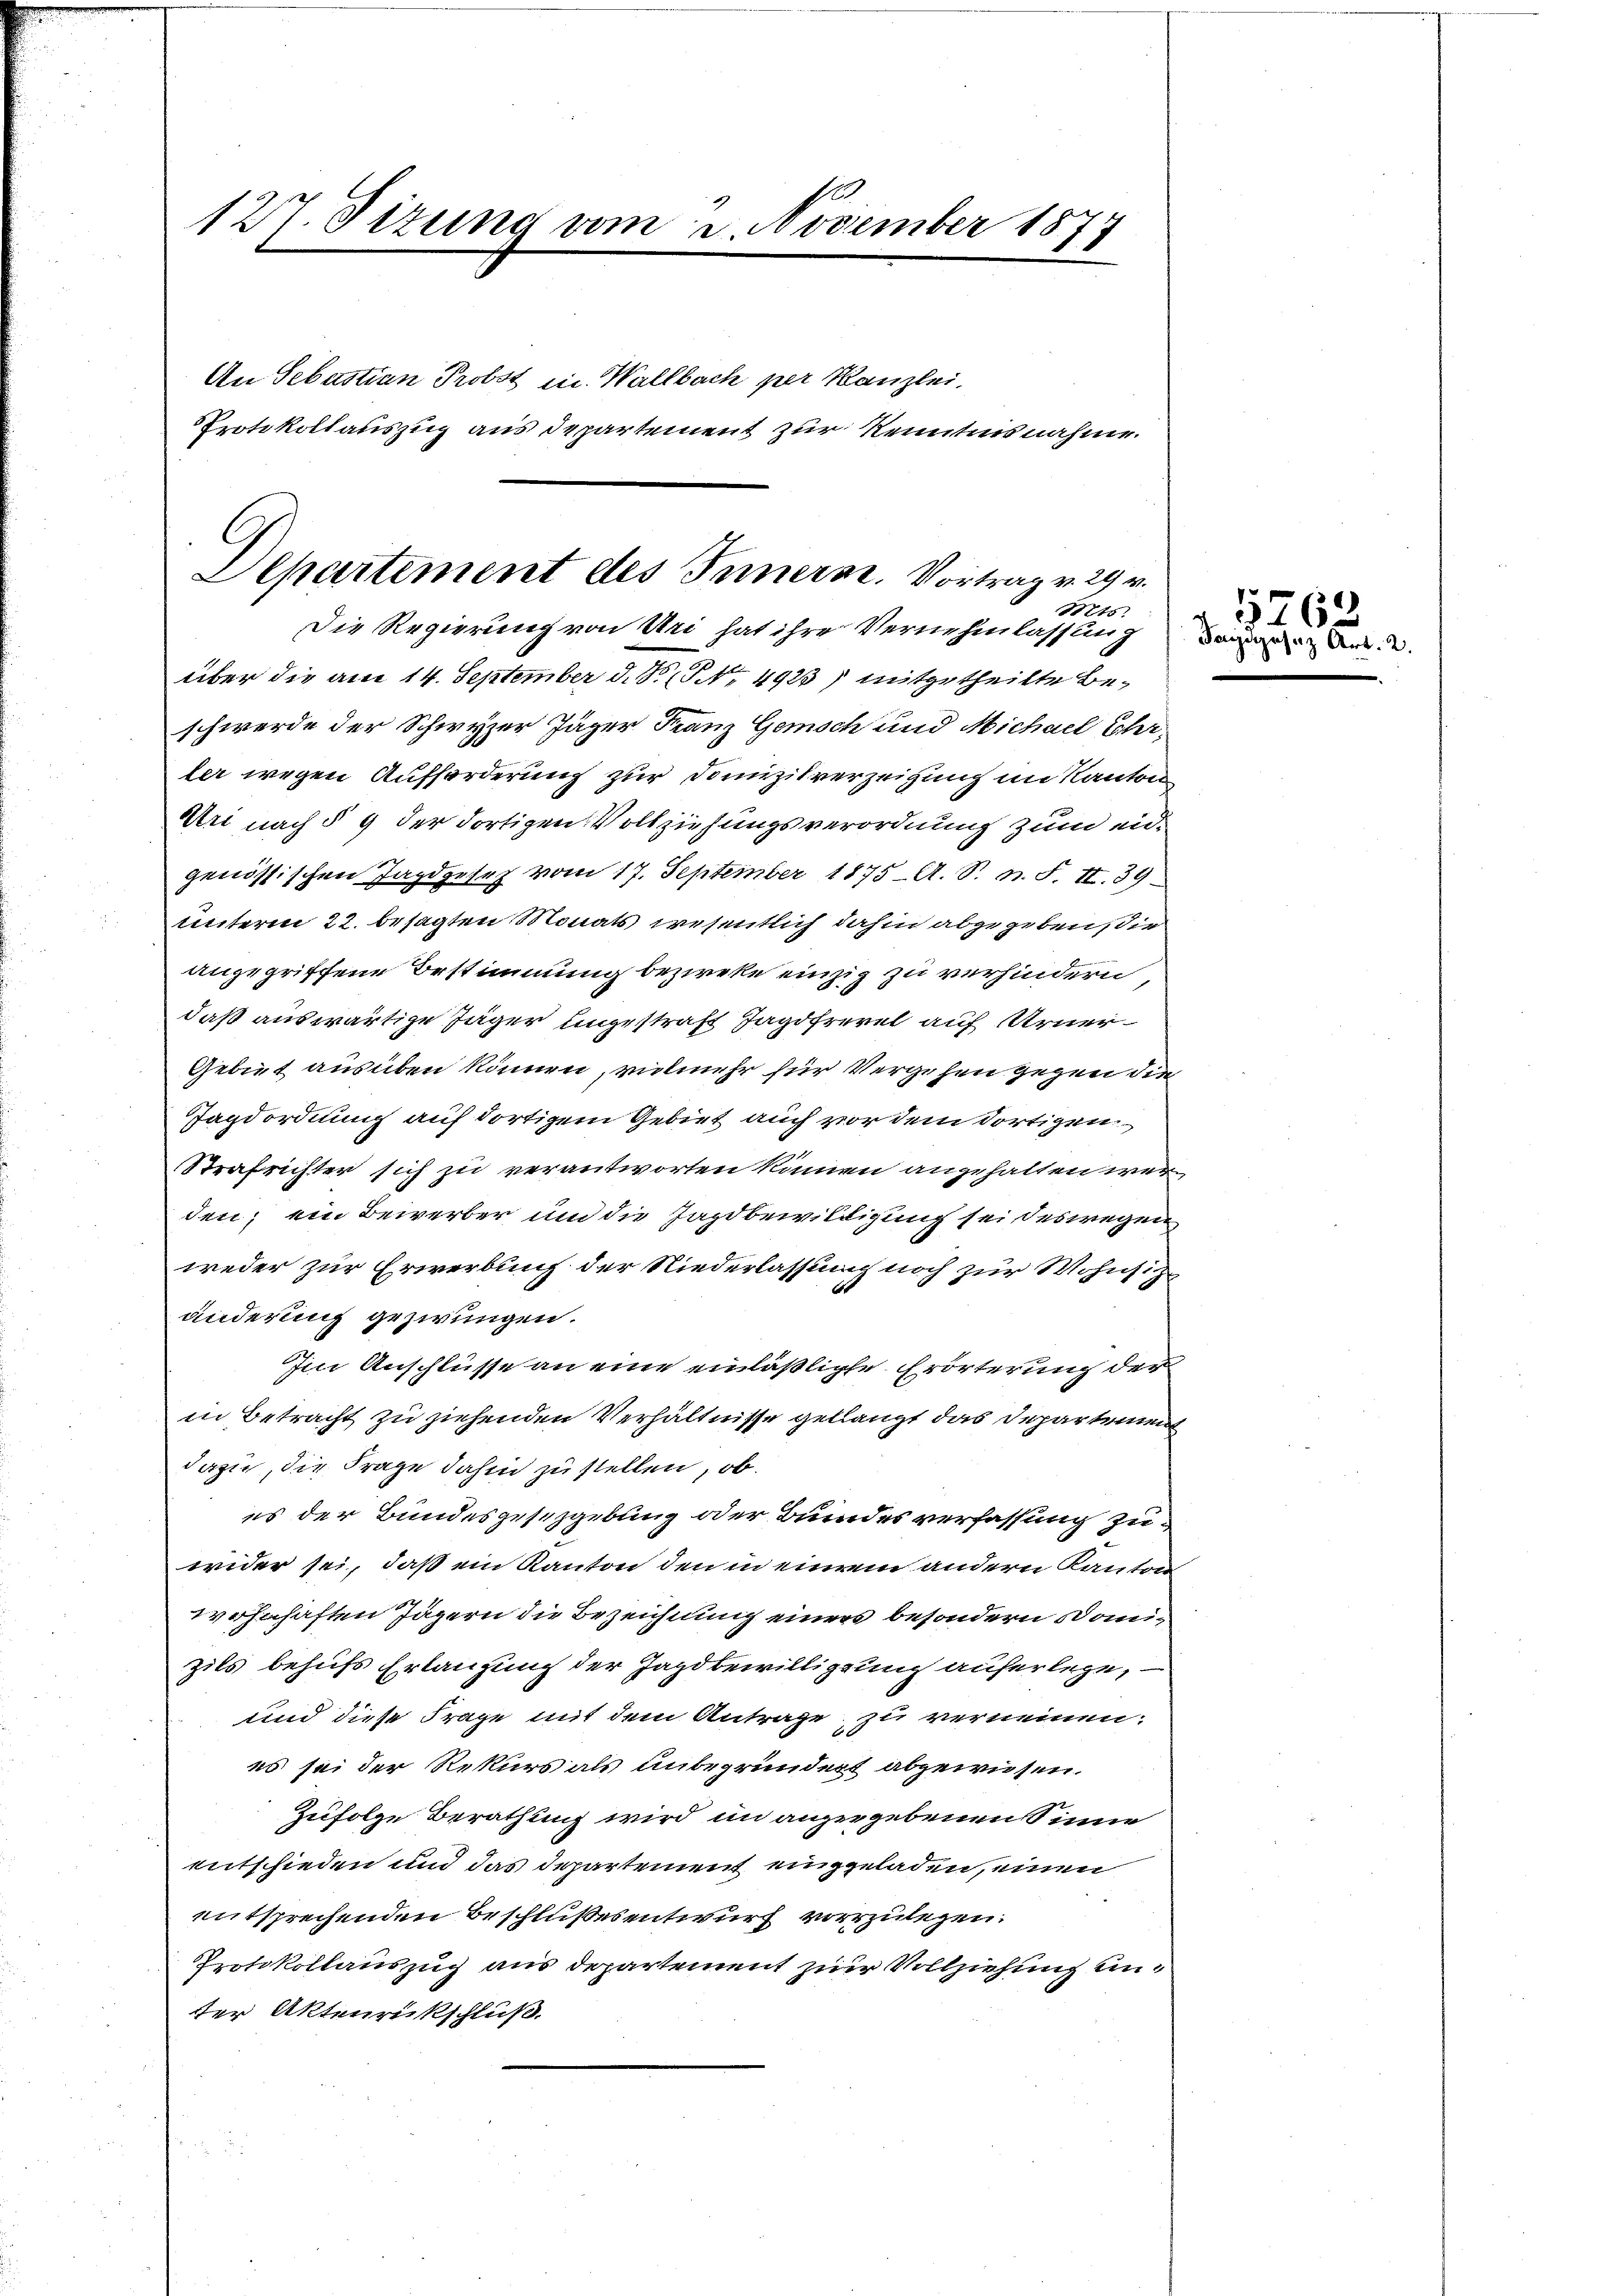
127. Sizung vom 3. November 187

An Sebastian Probst in Wallbach per Kanzlei.
Protokollauszug aus departement zur Kenntnisnahme.

C
Departement des Innern. Vortrag v. 29 v.
Mts.
Die Regierung von Uri hat ihre Vernehmlassung

über die am 14. September d. R. P. Nr. 4923) mitgetheilte Beschwerde der Schwyzer Jäger Franz Gemisch und Michael Ehr,
ler wegen Aufforderung zur Domizilverzeigung im Kanton
Uri nach § 9 der dortigen Vollziehungsverordnung zum eidgenössischen Jagdgesez vom 17. September 1875 - A. S. n. F. II. 39
unterm 22. besagten Monats wesentlich dahin abgegeben sie
angegriffene Bestimmung bezieke einzig zu verhindern
daß auswärtige Jäger ungestraft Jagdfrevel auf Arner¬
Gebiet ausüben können, vielmehr für Vergehen gegen die
Tagdordnung auf dortigem Gebiet auch vor dem dortigen
SStrafrichter sich zu verantworten können angehalten wer
den; ein Bewerber und die Jagdbewilligung sei deswegen
weder zur Erwerbung der Niederlassung noch zur Wohnsitzänderung gezwungen.
Im Anschlüsse an eine einläßliche Erörterung der
in Betracht zu ziehenden Verhältnisse gellangt das Departement
dazu, die Frage dahin zu stellen, ob
es der Bundesgesezgebung oder Bundes verfassung zuwider sei, daß ein Kanton den in einem andern Kanton
wohnhaften Jägern die Bezeichnung einers besondern Domizils behufs Erlangung der Jagdbewilligung auferlege,
und diese Frage mit dem Antrage zu verneinen.
es sei der Rekurs als unbegründert abgewiesen.
Zufolge Berathung wird in anzergebenen Sinne
entschieden und das Departement eingeladen, einen
entsprechenden Beschlußesentwurf vorzulegen.
Protokollauszug aus departement zur Vollziehung undter Aktenrückschluß.

1760
Taidgasaz Art. 2.